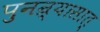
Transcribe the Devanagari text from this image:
पुनन्र्यासात्